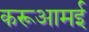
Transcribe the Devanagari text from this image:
करूआमई